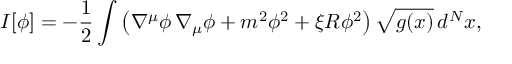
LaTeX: I [ \phi ] = - { \frac { 1 } { 2 } } \int \left( \nabla ^ { \mu } \phi \, \nabla _ { \mu } \phi + m ^ { 2 } \phi ^ { 2 } + \xi R \phi ^ { 2 } \right) \sqrt { g ( x ) } \, d ^ { N } x ,